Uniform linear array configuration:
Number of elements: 16
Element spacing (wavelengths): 1
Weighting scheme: blackman
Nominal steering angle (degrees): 0
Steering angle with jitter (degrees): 1.897
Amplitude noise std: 0.05
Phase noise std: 0.05

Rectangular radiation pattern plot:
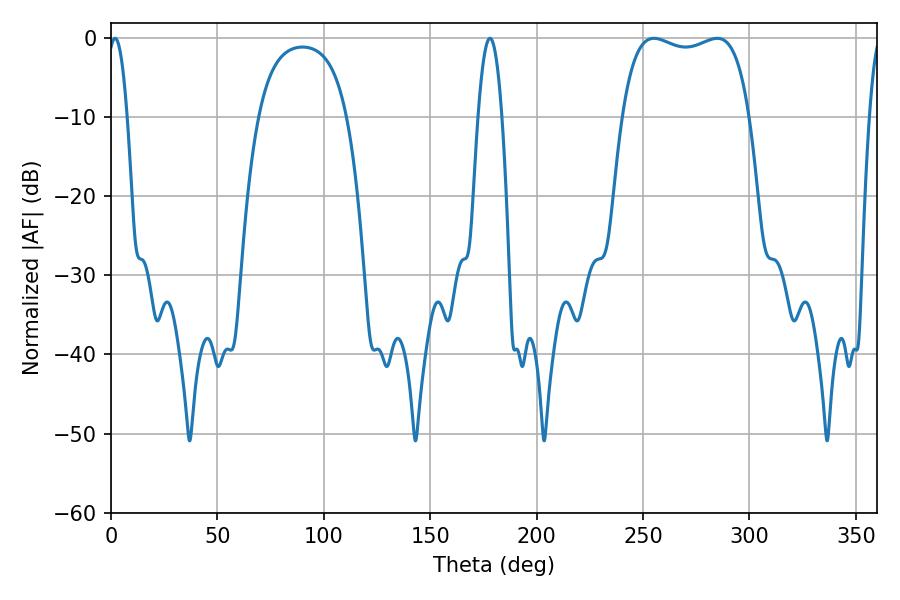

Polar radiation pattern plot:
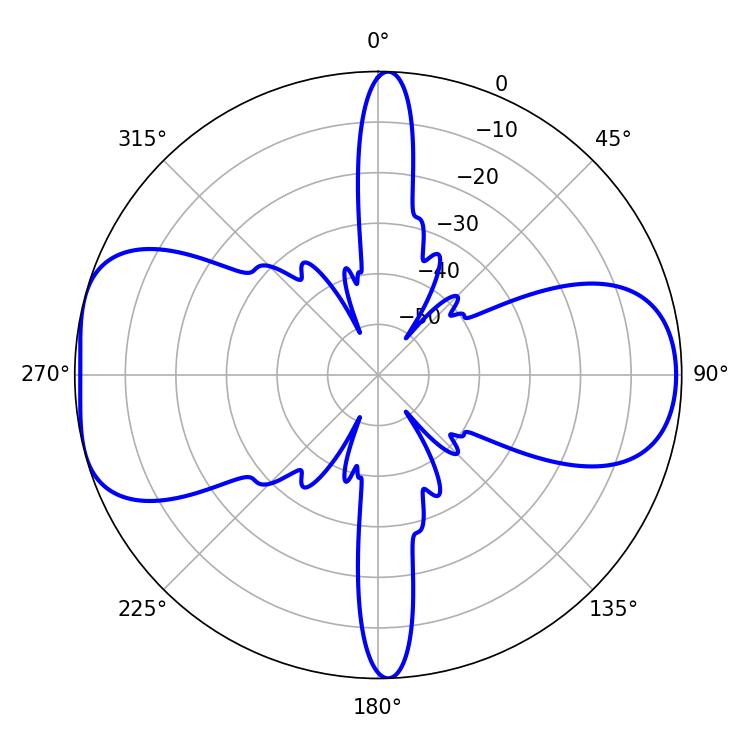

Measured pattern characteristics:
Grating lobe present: TRUE
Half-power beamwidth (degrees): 48.24
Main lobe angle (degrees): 255.06